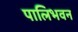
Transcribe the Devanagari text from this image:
पालिभवन